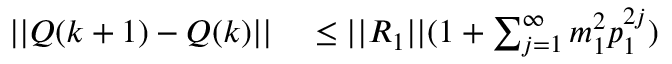
\begin{array} { r l } { \lvert | Q ( k + 1 ) - Q ( k ) \rvert | } & { { } \leq \lvert | R _ { 1 } \rvert | ( 1 + \textstyle \sum _ { j = 1 } ^ { \infty } m _ { 1 } ^ { 2 } p _ { 1 } ^ { 2 j } ) } \end{array}